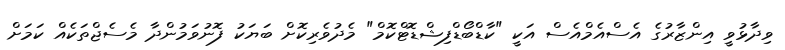
ވިދާޅުވީ އިންޒާރުގެ އެސްއެމްއެސް އަކީ "ކާޑްބޯޑްފިޝްޑޮޓްކޮމް" މެދުވެރިކޮށް ބަޔަކު ފޮނުވަމުންދާ މެސެޖްތަކެއް ކަމަށް